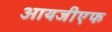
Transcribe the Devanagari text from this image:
आयजीएफ